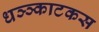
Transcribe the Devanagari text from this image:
धञ्ञ्काटकस